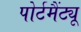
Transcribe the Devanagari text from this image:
पोर्टमैंट्यू